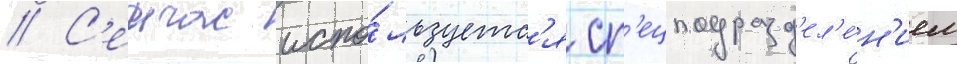
// С'еичас испо́льзуетс'я сп'ецподразд'ел'е́н'ием